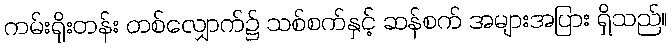
ကမ်းရိုးတန်း တစ်လျှောက်၌ သစ်စက်နှင့် ဆန်စက် အများအပြား ရှိသည်။